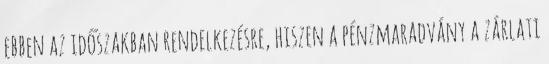
ebben az időszakban rendelkezésre, hiszen a pénzmaradvány a zárlati